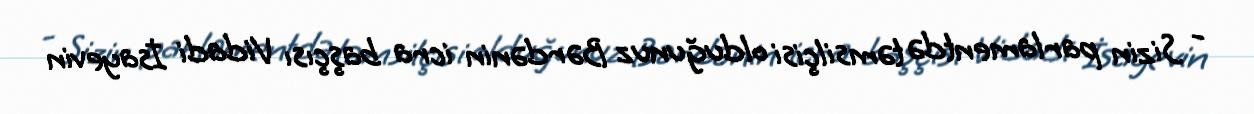
- Sizin parlamentdə təmsilçisi olduğunuz Bərdənin icra başçısı Vidadi İsayevin